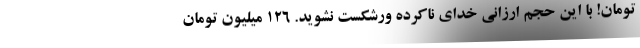
تومان! با این حجم ارزانی خدای ناکرده ورشکست نشوید. 126 میلیون تومان